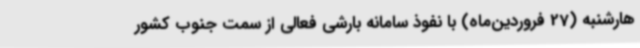
هارشنبه (27 فروردین‌ماه) با نفوذ سامانه بارشی فعالی از سمت جنوب کشور